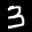
Label: 3